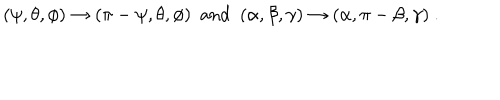
LaTeX: ( \psi , \theta , \phi ) \to ( \pi - \psi , \theta , \phi ) \ \ \mathrm { a n d } \ \ ( \alpha , \beta , \gamma ) \to ( \alpha , \pi - \beta , \gamma ) \ .